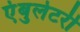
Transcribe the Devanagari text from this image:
एंबुलेटरी